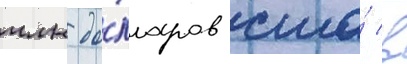
млн до́лларов сша́ в